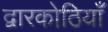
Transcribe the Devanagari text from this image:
द्वारकोठियाँ